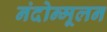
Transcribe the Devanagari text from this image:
नंदोन्मूलन